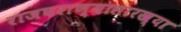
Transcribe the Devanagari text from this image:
राजघराण्यासारख्या